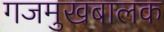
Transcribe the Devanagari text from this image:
गजमुखबालक